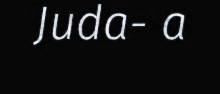
Juda- a